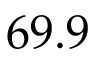
6 9 . 9